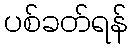
ပစ်ခတ်ရန်